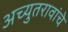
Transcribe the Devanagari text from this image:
अच्युतरावांचे